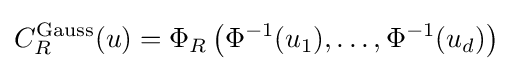
C_{R}^{\text{Gauss}}(u)=\Phi _{R}\left(\Phi ^{-1}(u_{1}),\dots ,\Phi ^{-1}(u_{d})\right)